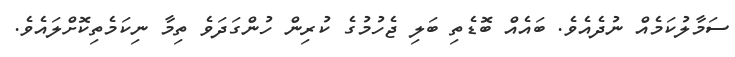
ސަމާލުކަމެއް ނުދެއެވެ. ބައެއް ބޮޑެތި ބަލި ޖެހުމުގެ ކުރިން ހުންގަދަވެ ތިމާ ނިކަމެތިކޮށްލައެވެ.